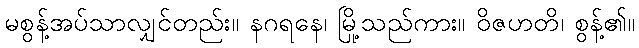
မစွန့်အပ်သာလျှင်တည်း။ နဂရနေ၊ မြို့သည်ကား။ ဝိဇဟတိ၊ စွန့်၏။